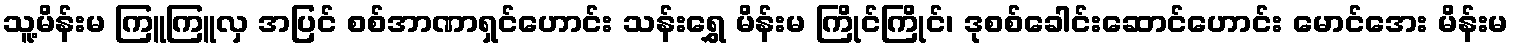
သူ့မိန်းမ ကြူကြူလှ အပြင် စစ်အာဏာရှင်ဟောင်း သန်းရွှေ မိန်းမ ကြိုင်ကြိုင်၊ ဒုစစ်ခေါင်းဆောင်ဟောင်း မောင်အေး မိန်းမ